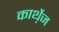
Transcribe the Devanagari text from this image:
कार्थ़ेज